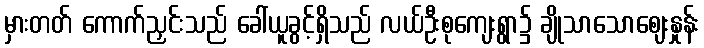
မှားတတ် ကောက်ညှင်းသည် ခေါ်ယူခွင့်ရှိသည် လယ်ဦးစုကျေးရွာ၌ ချိုသာသောဈေးနှုန်း